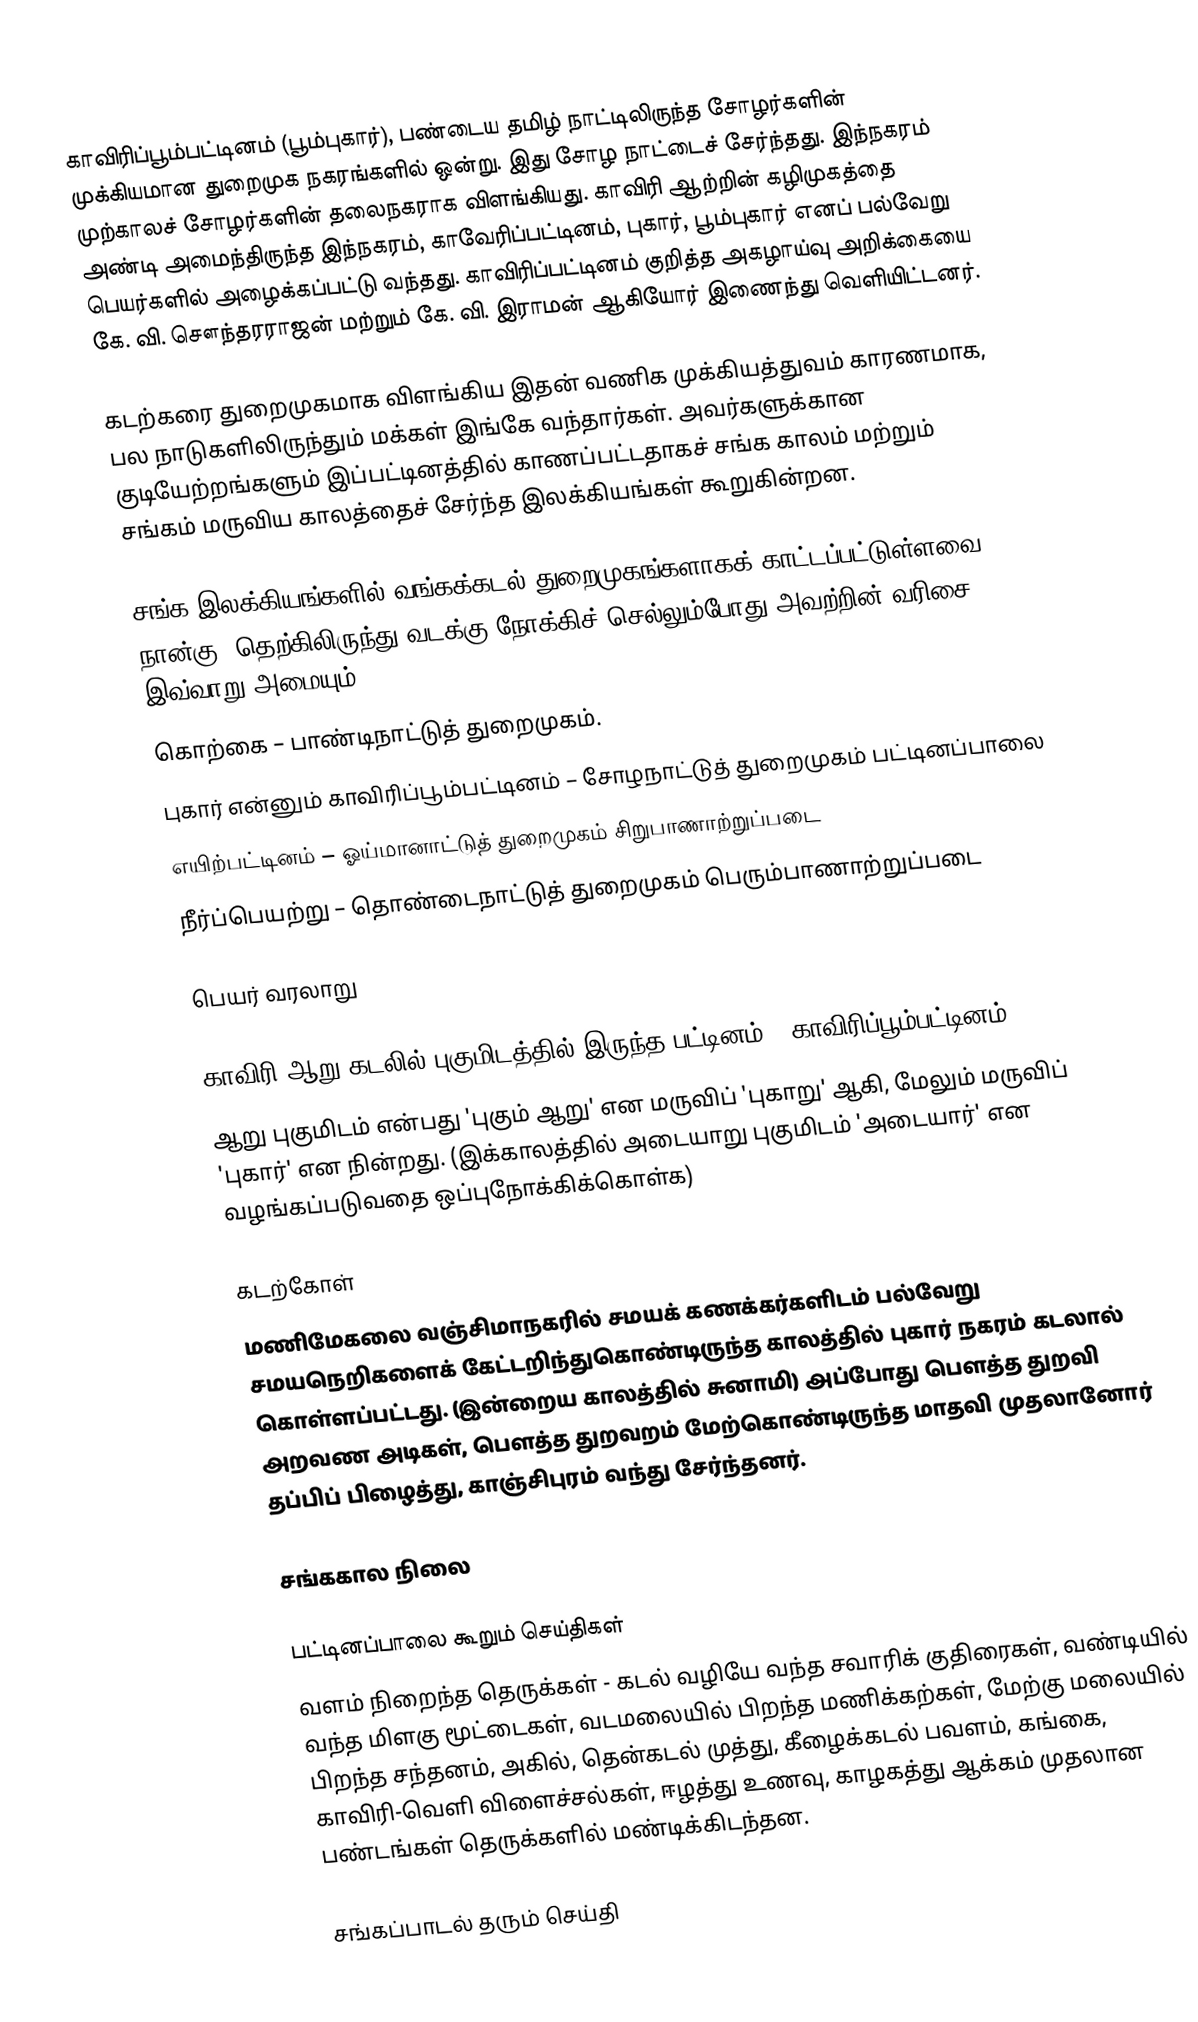
காவிரிப்பூம்பட்டினம் (பூம்புகார்), பண்டைய தமிழ் நாட்டிலிருந்த சோழர்களின் முக்கியமான துறைமுக நகரங்களில் ஒன்று. இது சோழ நாட்டைச் சேர்ந்தது. இந்நகரம் முற்காலச் சோழர்களின் தலைநகராக விளங்கியது. காவிரி ஆற்றின் கழிமுகத்தை அண்டி அமைந்திருந்த இந்நகரம், காவேரிப்பட்டினம், புகார், பூம்புகார் எனப் பல்வேறு பெயர்களில் அழைக்கப்பட்டு வந்தது. காவிரிப்பட்டினம் குறித்த அகழாய்வு அறிக்கையை கே. வி. சௌந்தரராஜன் மற்றும் கே. வி. இராமன் ஆகியோர் இணைந்து வெளியிட்டனர்.

கடற்கரை துறைமுகமாக விளங்கிய இதன் வணிக முக்கியத்துவம் காரணமாக, பல நாடுகளிலிருந்தும் மக்கள் இங்கே வந்தார்கள். அவர்களுக்கான குடியேற்றங்களும் இப்பட்டினத்தில் காணப்பட்டதாகச் சங்க காலம் மற்றும் சங்கம் மருவிய காலத்தைச் சேர்ந்த இலக்கியங்கள் கூறுகின்றன.

 சங்க இலக்கியங்களில்  வங்கக்கடல் துறைமுகங்களாகக் காட்டப்பட்டுள்ளவை நான்கு. தெற்கிலிருந்து வடக்கு நோக்கிச் செல்லும்போது அவற்றின் வரிசை இவ்வாறு அமையும்:
கொற்கை – பாண்டிநாட்டுத் துறைமுகம்.
புகார் என்னும் காவிரிப்பூம்பட்டினம் – சோழநாட்டுத் துறைமுகம் பட்டினப்பாலை
எயிற்பட்டினம் – ஓய்மானாட்டுத் துறைமுகம் சிறுபாணாற்றுப்படை
நீர்ப்பெயற்று – தொண்டைநாட்டுத் துறைமுகம் பெரும்பாணாற்றுப்படை

பெயர் வரலாறு

 காவிரி ஆறு கடலில் புகுமிடத்தில் இருந்த பட்டினம் > காவிரிப்பூம்பட்டினம்
 ஆறு புகுமிடம் என்பது 'புகும் ஆறு' என மருவிப் 'புகாறு' ஆகி, மேலும் மருவிப் 'புகார்' என நின்றது. (இக்காலத்தில் அடையாறு புகுமிடம் 'அடையார்' என வழங்கப்படுவதை ஒப்புநோக்கிக்கொள்க)

கடற்கோள்
மணிமேகலை வஞ்சிமாநகரில் சமயக் கணக்கர்களிடம் பல்வேறு சமயநெறிகளைக் கேட்டறிந்துகொண்டிருந்த காலத்தில் புகார் நகரம் கடலால் கொள்ளப்பட்டது. (இன்றைய காலத்தில் சுனாமி) அப்போது பௌத்த துறவி அறவண அடிகள், பௌத்த துறவறம் மேற்கொண்டிருந்த மாதவி முதலானோர் தப்பிப் பிழைத்து, காஞ்சிபுரம் வந்து சேர்ந்தனர்.

சங்ககால நிலை

பட்டினப்பாலை கூறும் செய்திகள்
 வளம் நிறைந்த தெருக்கள் - கடல் வழியே வந்த சவாரிக் குதிரைகள், வண்டியில் வந்த மிளகு மூட்டைகள், வடமலையில் பிறந்த மணிக்கற்கள், மேற்கு மலையில் பிறந்த சந்தனம், அகில், தென்கடல் முத்து, கீழைக்கடல் பவளம், கங்கை, காவிரி-வெளி விளைச்சல்கள், ஈழத்து உணவு, காழகத்து ஆக்கம் முதலான பண்டங்கள் தெருக்களில் மண்டிக்கிடந்தன.

சங்கப்பாடல் தரும் செய்தி